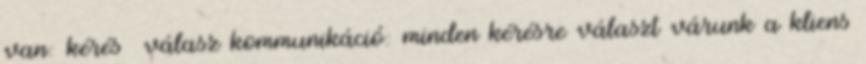
van: kérés válasz kommunikáció: minden kérésre választ várunk a kliens